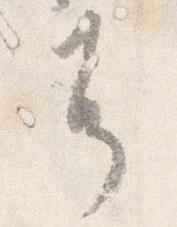
耳